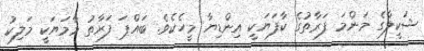
ޝަކީލާގެ މަންމަ ފަރާތުގެ ކާފަޔަކީ އިންޑިޔާ މީހެކެވެ. ބައްޕަ ފަރާތު މާމަޔަކީ މަލިކު